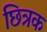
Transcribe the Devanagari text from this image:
छित्रक